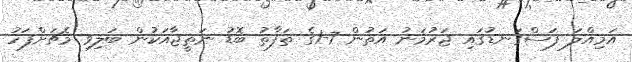
އަމިއްލަ ފަސްގަނޑުގައި ޖަރުމަނު އަތުން 7-1ގެ ތަފާތު ބޮޑު ނަތީޖާއަކުން ބަލިވި މެޗަށްފަހު